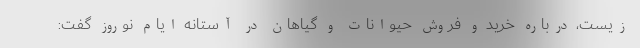
‌زیست، درباره خرید و فروش حیوانات و گیاهان در آستانه ایام نوروز گفت: